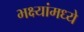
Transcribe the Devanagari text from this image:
भक्ष्यांमध्ये